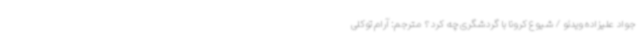
جواد علیزاده ویدئو / شیوع کرونا با گردشگری چه کرد؟ مترجم: آرام توکلی